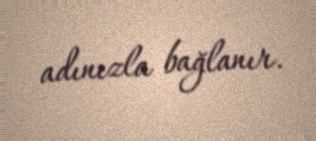
adınızla bağlanır.